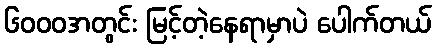
၆၀၀၀အတွင်း မြင့်တဲ့နေရာမှာပဲ ပေါက်တယ်